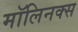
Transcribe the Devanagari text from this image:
मॉलिनक्स